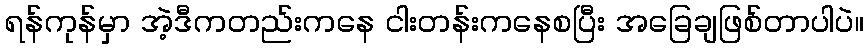
ရန်ကုန်မှာ အဲ့ဒီကတည်းကနေ ငါးတန်းကနေစပြီး အခြေချဖြစ်တာပါပဲ။